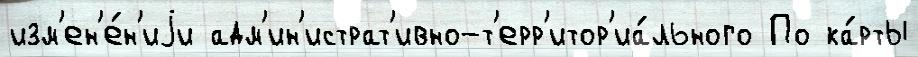
изм'ен'е́н'иjи адм'ин'истрат'ивно-т'ерр'итор'иа́льного По ка́рты